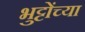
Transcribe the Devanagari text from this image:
भुट्टोंच्या